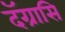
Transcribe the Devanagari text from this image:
दॅग्रासि